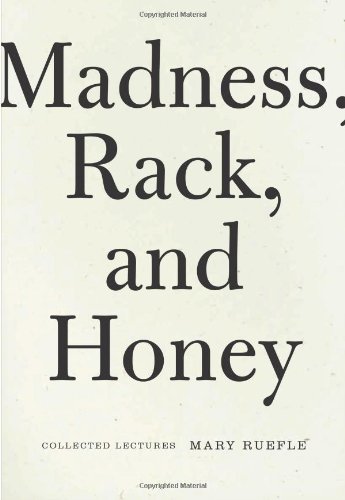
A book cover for Madness, Rack, and Honey: Collected Lectures; Mary Ruefle; Literature & Fiction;